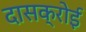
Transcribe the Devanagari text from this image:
दासक्रोई